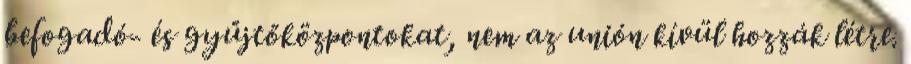
befogadó- és gyűjtőközpontokat, nem az unión kívül hozzák létre.